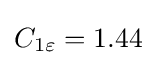
C_{1\varepsilon }=1.44